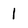
Character: l